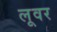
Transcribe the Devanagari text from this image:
लूवर